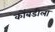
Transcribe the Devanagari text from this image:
कोंबडीला